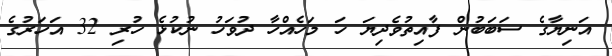
އަނިޔާގެ ސަބަބުން ފާއިތުވެދިޔަ ހަ މަހެއްހާ ދުވަހު ނުކުޅެ ހުރި 32 އަހަރުގެ